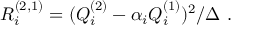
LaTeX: R _ { i } ^ { ( 2 , 1 ) } = ( Q _ { i } ^ { ( 2 ) } - \alpha _ { i } Q _ { i } ^ { ( 1 ) } ) ^ { 2 } / \Delta \ .